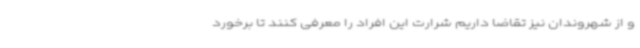
و از شهروندان نیز تقاضا داریم شرارت این افراد را معرفی کنند تا برخورد